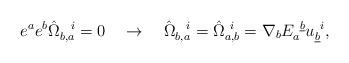
LaTeX: \begin{align*}e^ae^b\hat\Omega_{b,a}^{~~i}=0 \quad \rightarrow \quad\hat\Omega_{b,a}^{~~i}=\hat\Omega_{a,b}^{~i}={\nabla}_b E_a^{~\underline b}u_{\underline b}^{~i},\end{align*}